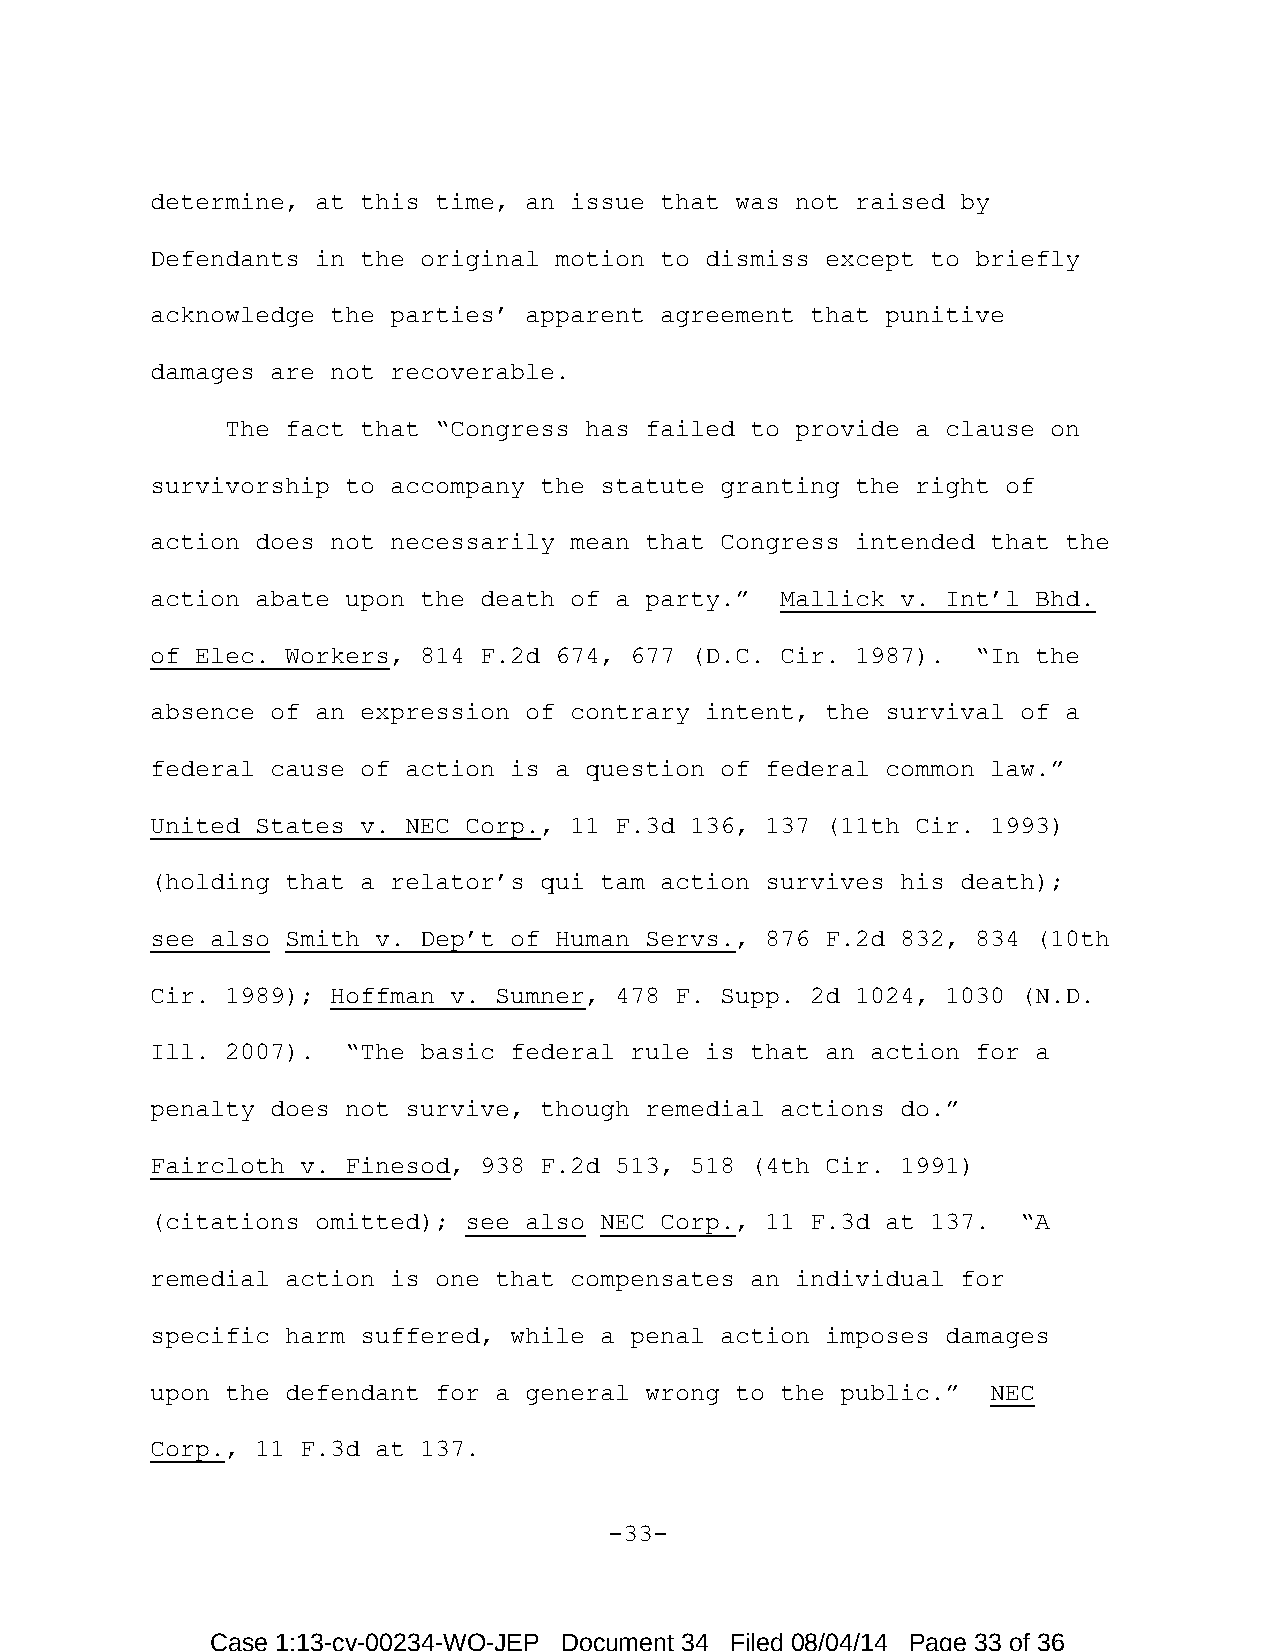
determine, at this time, an issue that was not raised by
 Defendants in the original motion to dismiss except to briefly
 acknowledge the parties’ apparent agreement that punitive
 damages are not recoverable.
 The fact that “Congress has failed to provide a clause on
 survivorship to accompany the statute granting the right of
 action does not necessarily mean that Congress intended that the
 action abate upon the death of a party.”  Mallick v. Int’l Bhd.
 of Elec. Workers, 814 F.2d 674, 677 (D.C. Cir. 1987).  “In the
 absence of an expression of contrary intent, the survival of a
 federal cause of action is a question of federal common law.”
 United States v. NEC Corp., 11 F.3d 136, 137 (11th Cir. 1993)
 (holding that a relator’s qui tam action survives his death);
 see also Smith v. Dep’t of Human Servs., 876 F.2d 832, 834 (10th
 Cir. 1989); Hoffman v. Sumner, 478 F. Supp. 2d 1024, 1030 (N.D.
 Ill. 2007).  “The basic federal rule is that an action for a
 penalty does not survive, though remedial actions do.”
 Faircloth v. Finesod, 938 F.2d 513, 518 (4th Cir. 1991)
 (citations omitted); see also NEC Corp., 11 F.3d at 137.  “A
 remedial action is one that compensates an individual for
 specific harm suffered, while a penal action imposes damages
 upon the defendant for a general wrong to the public.”  NEC
 Corp., 11 F.3d at 137.
 -33-
 Case 1:13-cv-00234-WO-JEP Document 34 Filed 08/04/14 Page 33 of 36